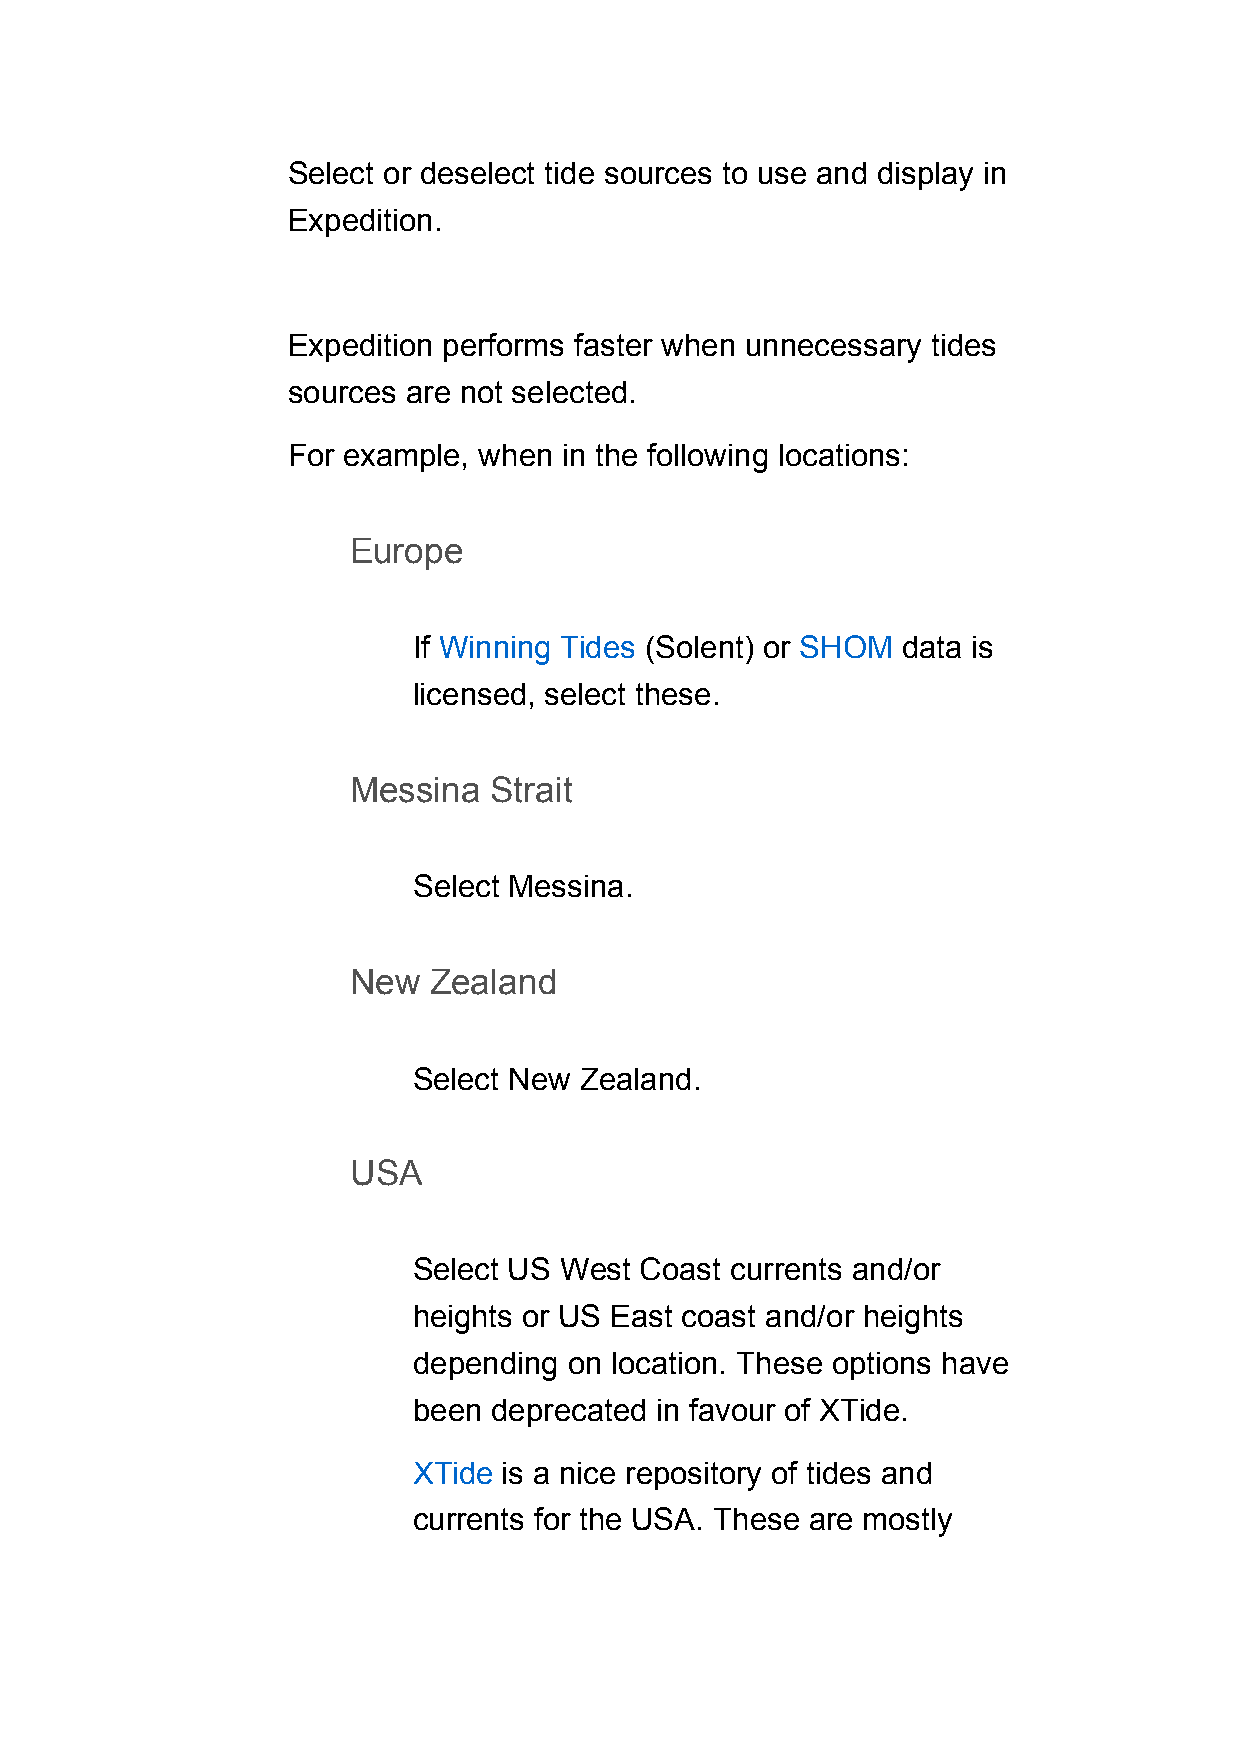
Select or deselect tide sources to use and display in
 Expedition.
 Expedition performs faster when unnecessary tides
 sources are not selected.
 For example, when in the following locations:
 Europe
 If Winning Tides (Solent) or SHOM data is
 licensed, select these.
 Messina  Strait
 Select Messina.
 New  Zealand
 Select New Zealand.
 USA
 Select US West Coast currents and/or
 heights or US East coast and/or heights
 depending  on location. These options have
 been  deprecated in favour of XTide.
 XTide is a nice repository of tides and
 currents for the USA. These are mostly